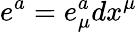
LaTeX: e^{a}=e_{\mu}^{a}dx^{\mu}